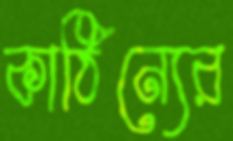
কাঠিন্যের